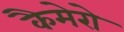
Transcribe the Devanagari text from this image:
कैमेरो